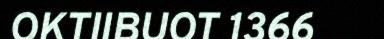
OKTIIBUOT 1366